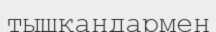
тышқандармен